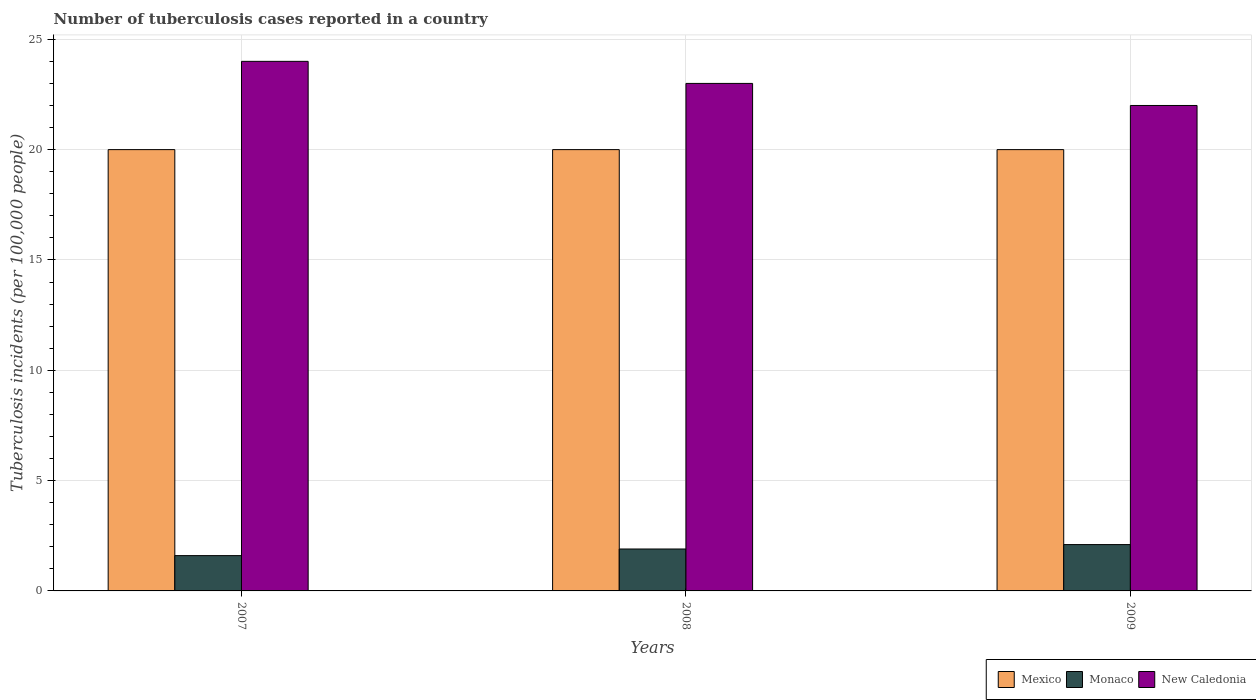
| Years | Mexico | Monaco | New Caledonia |
 | --- | --- | --- | --- |
 | 2007 | 20 | 1.6 | 24 |
 | 2008 | 20 | 1.9 | 23 |
 | 2009 | 20 | 2.1 | 22 |